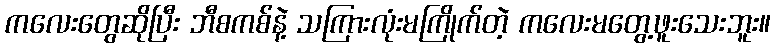
ကလေးတွေဆိုပြီး ဘီစကစ်နဲ့ သကြားလုံးမကြိုက်တဲ့ ကလေးမတွေ့ဖူးသေးဘူး။